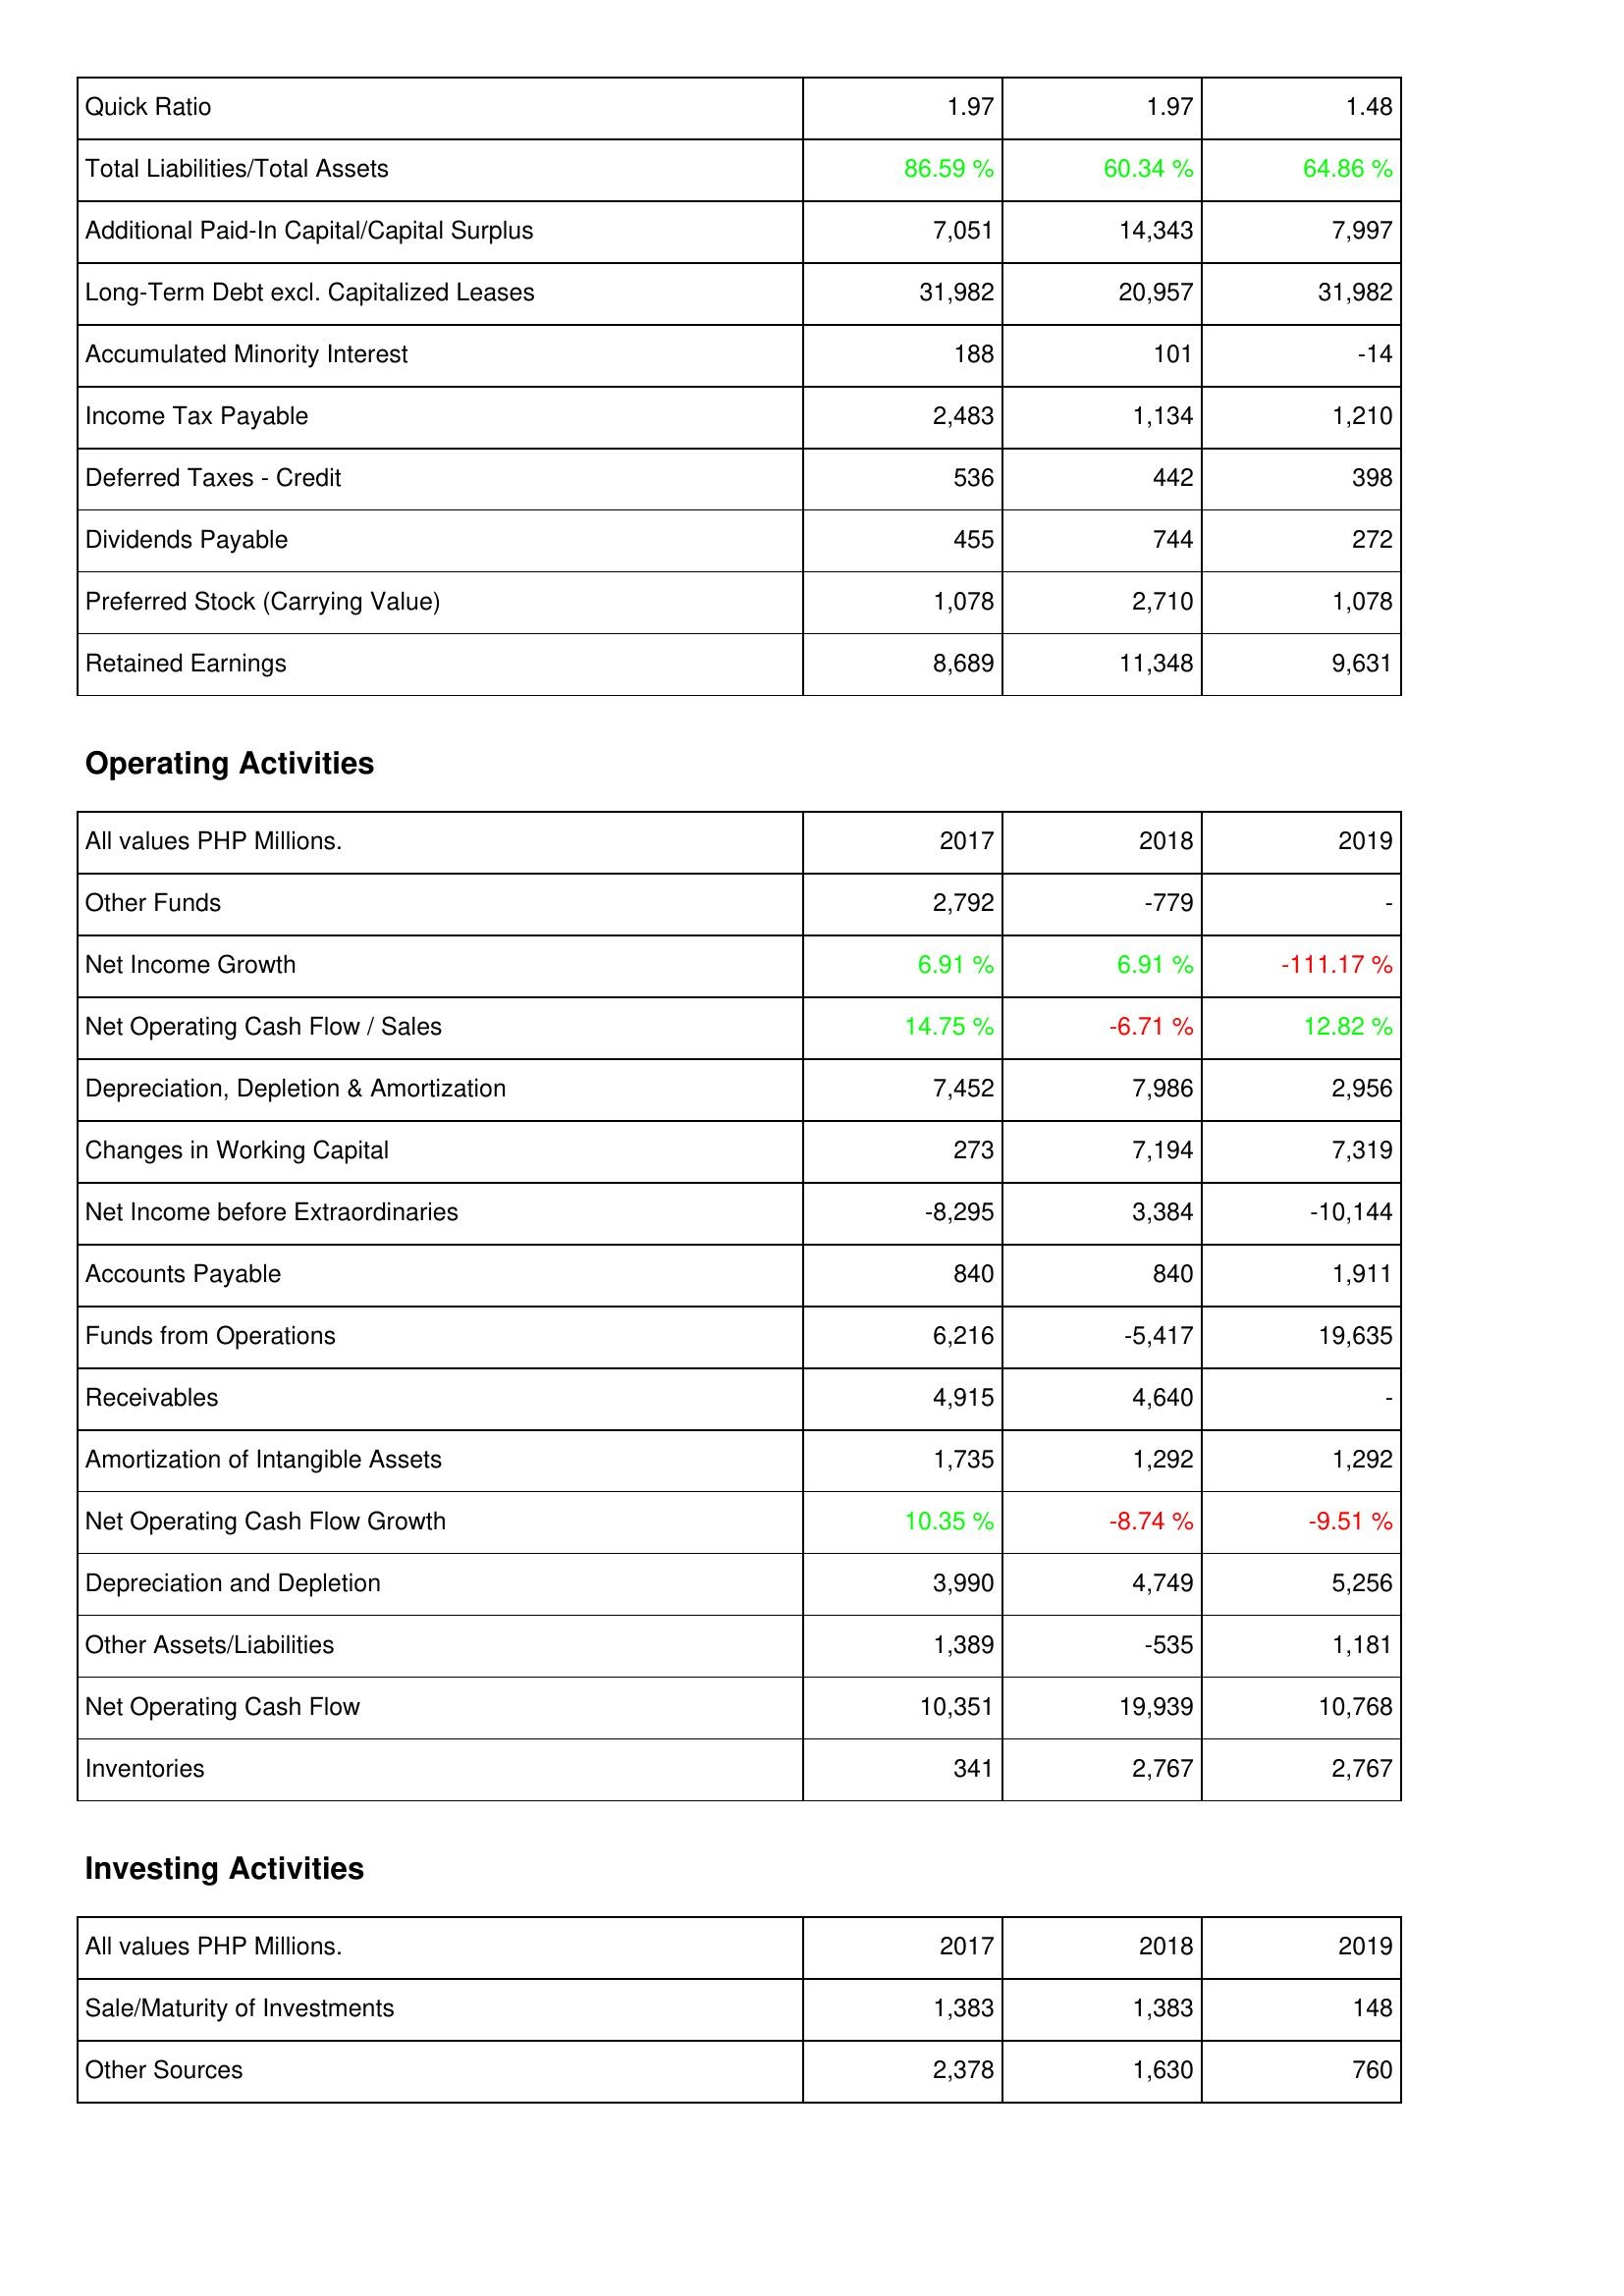
2017: Liabilities & Shareholders' Equity: Quick Ratio: 1.97
Total Liabilities/Total Assets: 86.59 %
Additional Paid-In Capital/Capital Surplus: 7,051
Long-Term Debt excl. Capitalized Leases: 31,982
Accumulated Minority Interest: 188
Income Tax Payable: 2,483
Deferred Taxes - Credit: 536
Dividends Payable: 455
Preferred Stock (Carrying Value): 1,078
Retained Earnings: 8,689
Operating Activities: Other Funds: 2,792
Net Income Growth: 6.91 %
Net Operating Cash Flow / Sales: 14.75 %
Depreciation, Depletion & Amortization: 7,452
Changes in Working Capital: 273
Net Income before Extraordinaries: -8,295
Accounts Payable: 840
Funds from Operations: 6,216
Receivables: 4,915
Amortization of Intangible Assets: 1,735
Net Operating Cash Flow Growth: 10.35 %
Depreciation and Depletion: 3,990
Other Assets/Liabilities: 1,389
Net Operating Cash Flow: 10,351
Inventories: 341
Investing Activities: Sale/Maturity of Investments: 1,383
Other Sources: 2,378
2018: Liabilities & Shareholders' Equity: Quick Ratio: 1.97
Total Liabilities/Total Assets: 60.34 %
Additional Paid-In Capital/Capital Surplus: 14,343
Long-Term Debt excl. Capitalized Leases: 20,957
Accumulated Minority Interest: 101
Income Tax Payable: 1,134
Deferred Taxes - Credit: 442
Dividends Payable: 744
Preferred Stock (Carrying Value): 2,710
Retained Earnings: 11,348
Operating Activities: Other Funds: -779
Net Income Growth: 6.91 %
Net Operating Cash Flow / Sales: -6.71 %
Depreciation, Depletion & Amortization: 7,986
Changes in Working Capital: 7,194
Net Income before Extraordinaries: 3,384
Accounts Payable: 840
Funds from Operations: -5,417
Receivables: 4,640
Amortization of Intangible Assets: 1,292
Net Operating Cash Flow Growth: -8.74 %
Depreciation and Depletion: 4,749
Other Assets/Liabilities: -535
Net Operating Cash Flow: 19,939
Inventories: 2,767
Investing Activities: Sale/Maturity of Investments: 1,383
Other Sources: 1,630
2019: Liabilities & Shareholders' Equity: Quick Ratio: 1.48
Total Liabilities/Total Assets: 64.86 %
Additional Paid-In Capital/Capital Surplus: 7,997
Long-Term Debt excl. Capitalized Leases: 31,982
Accumulated Minority Interest: -14
Income Tax Payable: 1,210
Deferred Taxes - Credit: 398
Dividends Payable: 272
Preferred Stock (Carrying Value): 1,078
Retained Earnings: 9,631
Operating Activities: Other Funds: -
Net Income Growth: -111.17 %
Net Operating Cash Flow / Sales: 12.82 %
Depreciation, Depletion & Amortization: 2,956
Changes in Working Capital: 7,319
Net Income before Extraordinaries: -10,144
Accounts Payable: 1,911
Funds from Operations: 19,635
Receivables: -
Amortization of Intangible Assets: 1,292
Net Operating Cash Flow Growth: -9.51 %
Depreciation and Depletion: 5,256
Other Assets/Liabilities: 1,181
Net Operating Cash Flow: 10,768
Inventories: 2,767
Investing Activities: Sale/Maturity of Investments: 148
Other Sources: 760